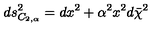
d s _ { C _ { 2 , \alpha } } ^ { 2 } = d x ^ { 2 } + \alpha ^ { 2 } x ^ { 2 } d \bar { \chi } ^ { 2 }